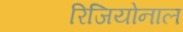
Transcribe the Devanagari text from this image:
रिजियोनाल